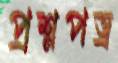
প্রশ্নপত্র